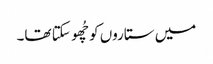
میں ستاروں کو چُھو سکتا تھا۔